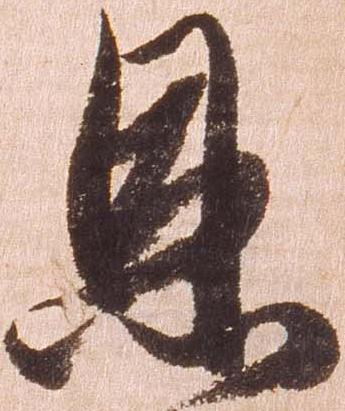
恩